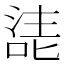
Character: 㗟